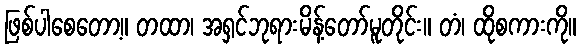
ဖြစ်ပါစေတော့။ တထာ၊ အရှင်ဘုရားမိန့်တော်မူတိုင်း။ တံ၊ ထိုစကားကို။